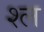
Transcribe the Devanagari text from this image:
श्‍ल